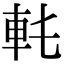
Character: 𨊯